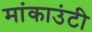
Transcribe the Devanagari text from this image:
मांकाउंटी